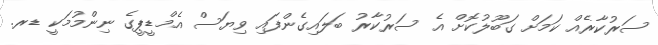
ސަރުކާރެއް ކަމަށް ގަބޫލުކޮށް އެ ސަރުކާރު ބަލައިގެންފައި ވިޔަސް އެމްޑީޕީގެ ނިންމުމަކީ ޑރ.